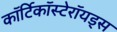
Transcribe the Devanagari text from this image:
कॉर्टिकॉस्टेरॉयड्स